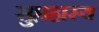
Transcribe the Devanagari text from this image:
सुप्तहास्य